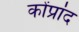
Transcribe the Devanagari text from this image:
कोंप्रांद